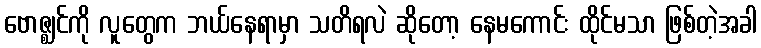
ဗောဇ္ဈင်ကို လူတွေက ဘယ်နေရာမှာ သတိရလဲ ဆိုတော့ နေမကောင်း ထိုင်မသာ ဖြစ်တဲ့အခါ